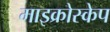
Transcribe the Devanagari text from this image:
माइक्रोस्केप